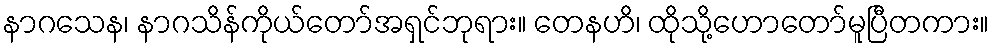
နာဂသေန၊ နာဂသိန်ကိုယ်တော်အရှင်ဘုရား။ တေနဟိ၊ ထိုသို့ဟောတော်မူပြီတကား။